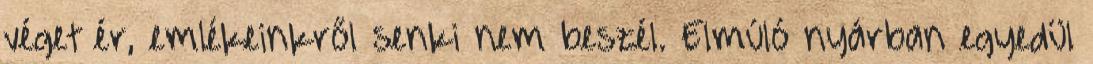
véget ér, emlékeinkről senki nem beszél. Elmúló nyárban egyedül